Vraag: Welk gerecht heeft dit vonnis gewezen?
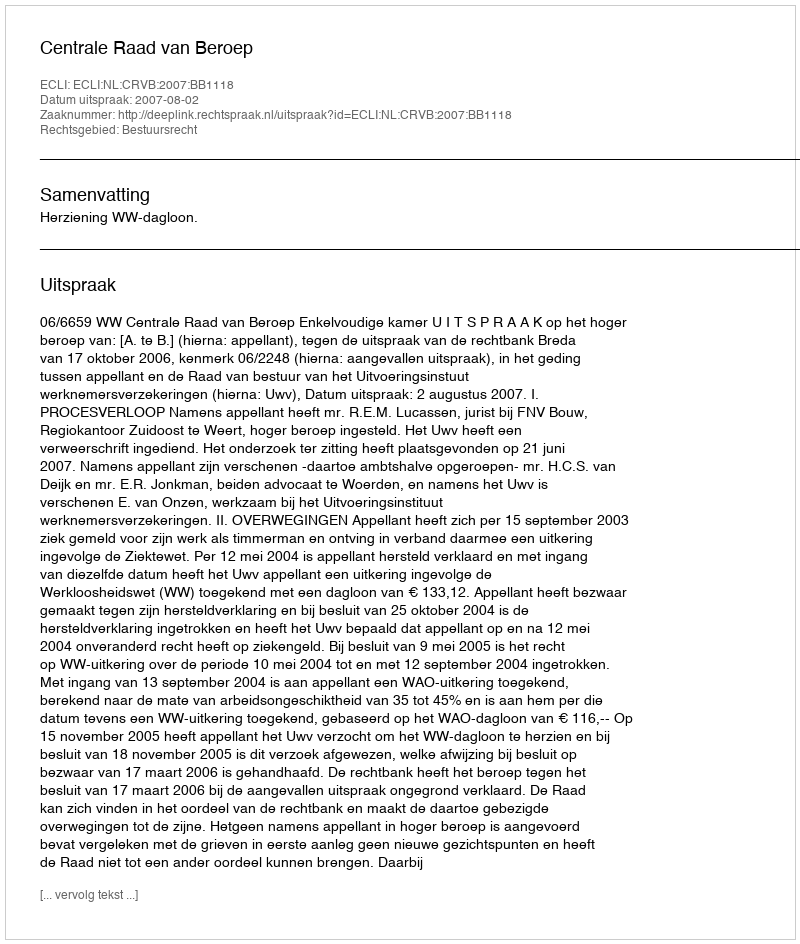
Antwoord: Centrale Raad van Beroep